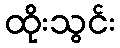
ထိုးသွင်း